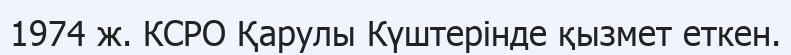
1974 ж. КСРО Қарулы Күштерінде қызмет еткен.